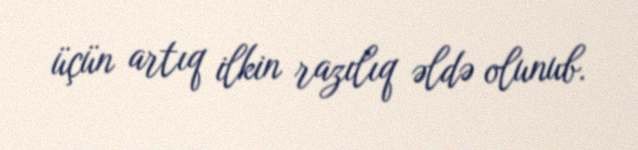
üçün artıq ilkin razılıq əldə olunub.